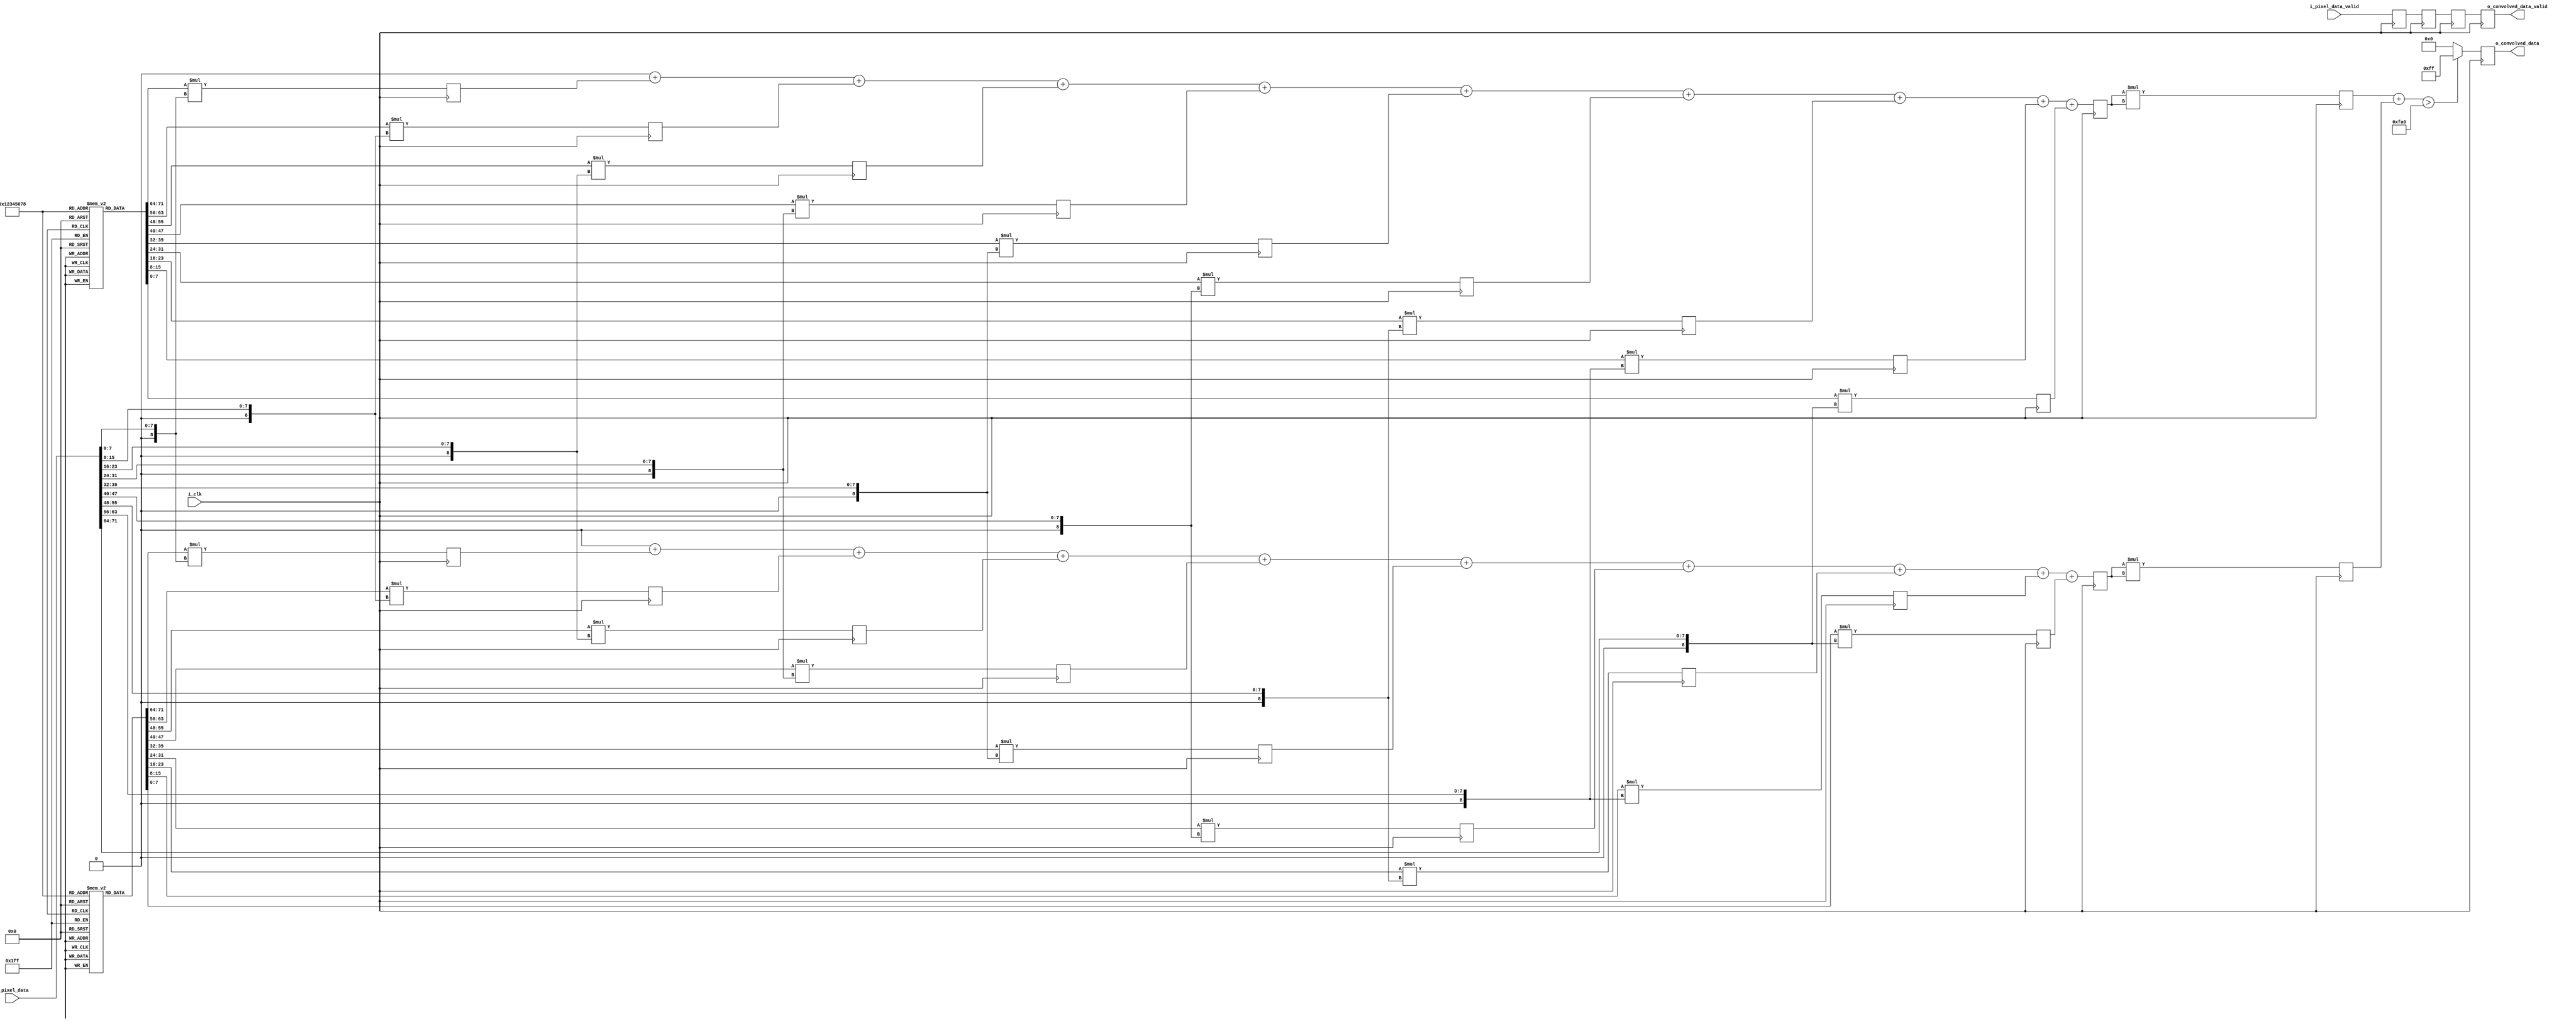
`timescale 1ns / 1ps
//////////////////////////////////////////////////////////////////////////////////
// Company: 
// Engineer: 
// 
// Design Name: 
// Module Name: conv
// Project Name: 
// Target Devices: 
// Tool Versions: 
// Description: 
// 
// Dependencies: 
// 
// Revision:
// Revision 0.01 - File Created
// Additional Comments:
// 
//////////////////////////////////////////////////////////////////////////////////


module conv(
input        i_clk,
input [71:0] i_pixel_data,
input        i_pixel_data_valid,
output reg [7:0] o_convolved_data,
output reg   o_convolved_data_valid
    );
    
integer i; 
reg [7:0] kernel1 [8:0];
reg [7:0] kernel2 [8:0];
reg [10:0] multData1[8:0];
reg [10:0] multData2[8:0];
reg [10:0] sumDataInt1;
reg [10:0] sumDataInt2;
reg [10:0] sumData1;
reg [10:0] sumData2;
reg multDataValid;
reg sumDataValid;
reg convolved_data_valid;
reg [20:0] convolved_data_int1;
reg [20:0] convolved_data_int2;
wire [21:0] convolved_data_int;
reg convolved_data_int_valid;

initial
begin
    kernel1[0] =  1;
    kernel1[1] =  0;
    kernel1[2] = -1;
    kernel1[3] =  2;
    kernel1[4] =  0;
    kernel1[5] = -2;
    kernel1[6] =  1;
    kernel1[7] =  0;
    kernel1[8] = -1;
    
    kernel2[0] =  1;
    kernel2[1] =  2;
    kernel2[2] =  1;
    kernel2[3] =  0;
    kernel2[4] =  0;
    kernel2[5] =  0;
    kernel2[6] = -1;
    kernel2[7] = -2;
    kernel2[8] = -1;
end    
    
always @(posedge i_clk)
begin
    for(i=0;i<9;i=i+1)
    begin
        multData1[i] <= $signed(kernel1[i])*$signed({1'b0,i_pixel_data[i*8+:8]});
        multData2[i] <= $signed(kernel2[i])*$signed({1'b0,i_pixel_data[i*8+:8]});
    end
    multDataValid <= i_pixel_data_valid;
end


always @(*)
begin
    sumDataInt1 = 0;
    sumDataInt2 = 0;
    for(i=0;i<9;i=i+1)
    begin
        sumDataInt1 = $signed(sumDataInt1) + $signed(multData1[i]);
        sumDataInt2 = $signed(sumDataInt2) + $signed(multData2[i]);
    end
end

always @(posedge i_clk)
begin
    sumData1 <= sumDataInt1;
    sumData2 <= sumDataInt2;
    sumDataValid <= multDataValid;
end

always @(posedge i_clk)
begin
    convolved_data_int1 <= $signed(sumData1)*$signed(sumData1);
    convolved_data_int2 <= $signed(sumData2)*$signed(sumData2);
    convolved_data_int_valid <= sumDataValid;
end

assign convolved_data_int = convolved_data_int1+convolved_data_int2;

    
always @(posedge i_clk)
begin
    if(convolved_data_int > 4000)
        o_convolved_data <= 8'hff;
    else
        o_convolved_data <= 8'h00;
    o_convolved_data_valid <= convolved_data_int_valid;
end
    
endmodule